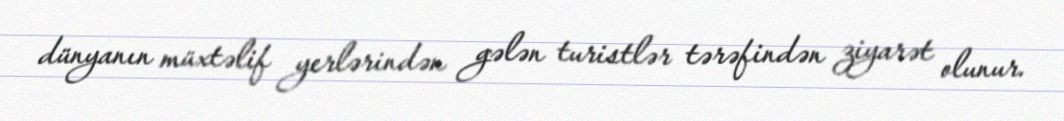
dünyanın müxtəlif yerlərindən gələn turistlər tərəfindən ziyarət olunur.